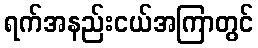
ရက်အနည်းငယ်အကြာတွင်